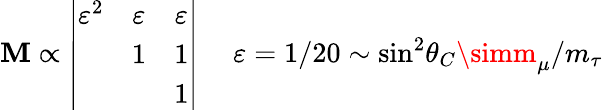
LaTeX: {\cal\mathbf{M}}\propto\left|\begin{array}{ccc}{{\varepsilon^{2}}}&{{\varepsilon}}&{{\varepsilon}}\\ {{}}&{{1}}&{{1}}\\ {{}}&{{}}&{{1}}\end{array}\right|\ \ \ \ \ \varepsilon=1/20\sim\sin^{2}\! \theta_{C}\simm_{\mu}/m_{\tau}